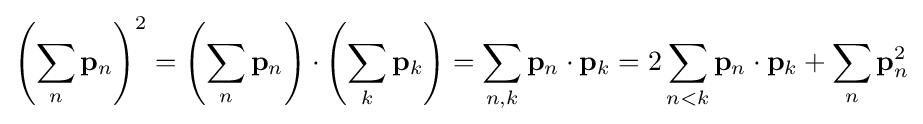
\left(\sum _{n}\mathbf {p} _{n}\right)^{2}=\left(\sum _{n}\mathbf {p} _{n}\right)\cdot \left(\sum _{k}\mathbf {p} _{k}\right)=\sum _{n,k}\mathbf {p} _{n}\cdot \mathbf {p} _{k}=2\sum _{n<k}\mathbf {p} _{n}\cdot \mathbf {p} _{k}+\sum _{n}\mathbf {p} _{n}^{2}